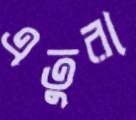
এতুরা